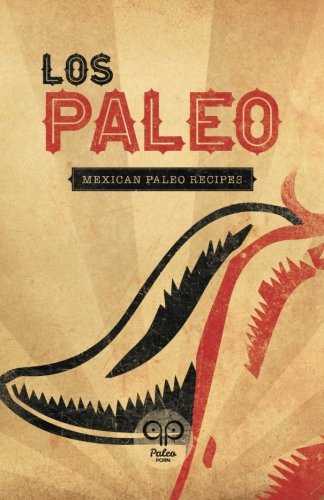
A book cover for Los Paleo: Mexican Paleo Recipes; Marla Sarris; Health, Fitness & Dieting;